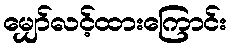
မျှော်လင့်ထားကြောင်း